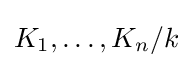
K_{1},\ldots ,K_{n}/k